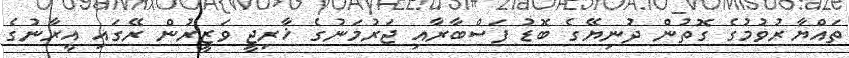
ތައްޔާރުވުމުގެ ގޮތުން ދުނިޔޭގެ ބޮޑު ފަސްބާރާއި ޖަރުމަނުގެ ޚާރިޖީ ވަޒީރުން ރޭގައި އީރާނުގެ